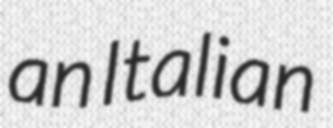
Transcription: an Italian